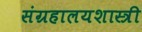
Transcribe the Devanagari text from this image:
संग्रहालयशास्त्री